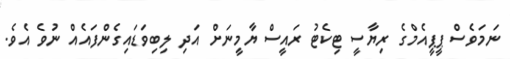
ނަމަވެސް ޕީޕީއެމްގެ ރިޔާސީ ޓިކެޓު ރައީސް ޔާމީނަށް އަދި ލިބިވަޑައިގެންފައެއް ނުވެ އެވެ.